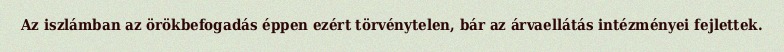
Az iszlámban az örökbefogadás éppen ezért törvénytelen, bár az árvaellátás intézményei fejlettek.